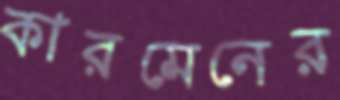
কারমেনের